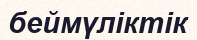
беймүліктік